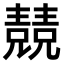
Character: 𠓆